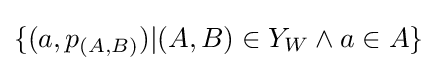
\{(a,p_{(A,B)})|(A,B)\in Y_{W}\wedge a\in A\}